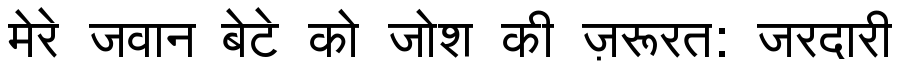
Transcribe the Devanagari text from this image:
मेरे जवान बेटे को जोश की ज़रूरत: जरदारी